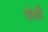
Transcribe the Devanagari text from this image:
घेसी